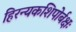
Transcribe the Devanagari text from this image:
हिरन्यकशिपोर्बक्षः